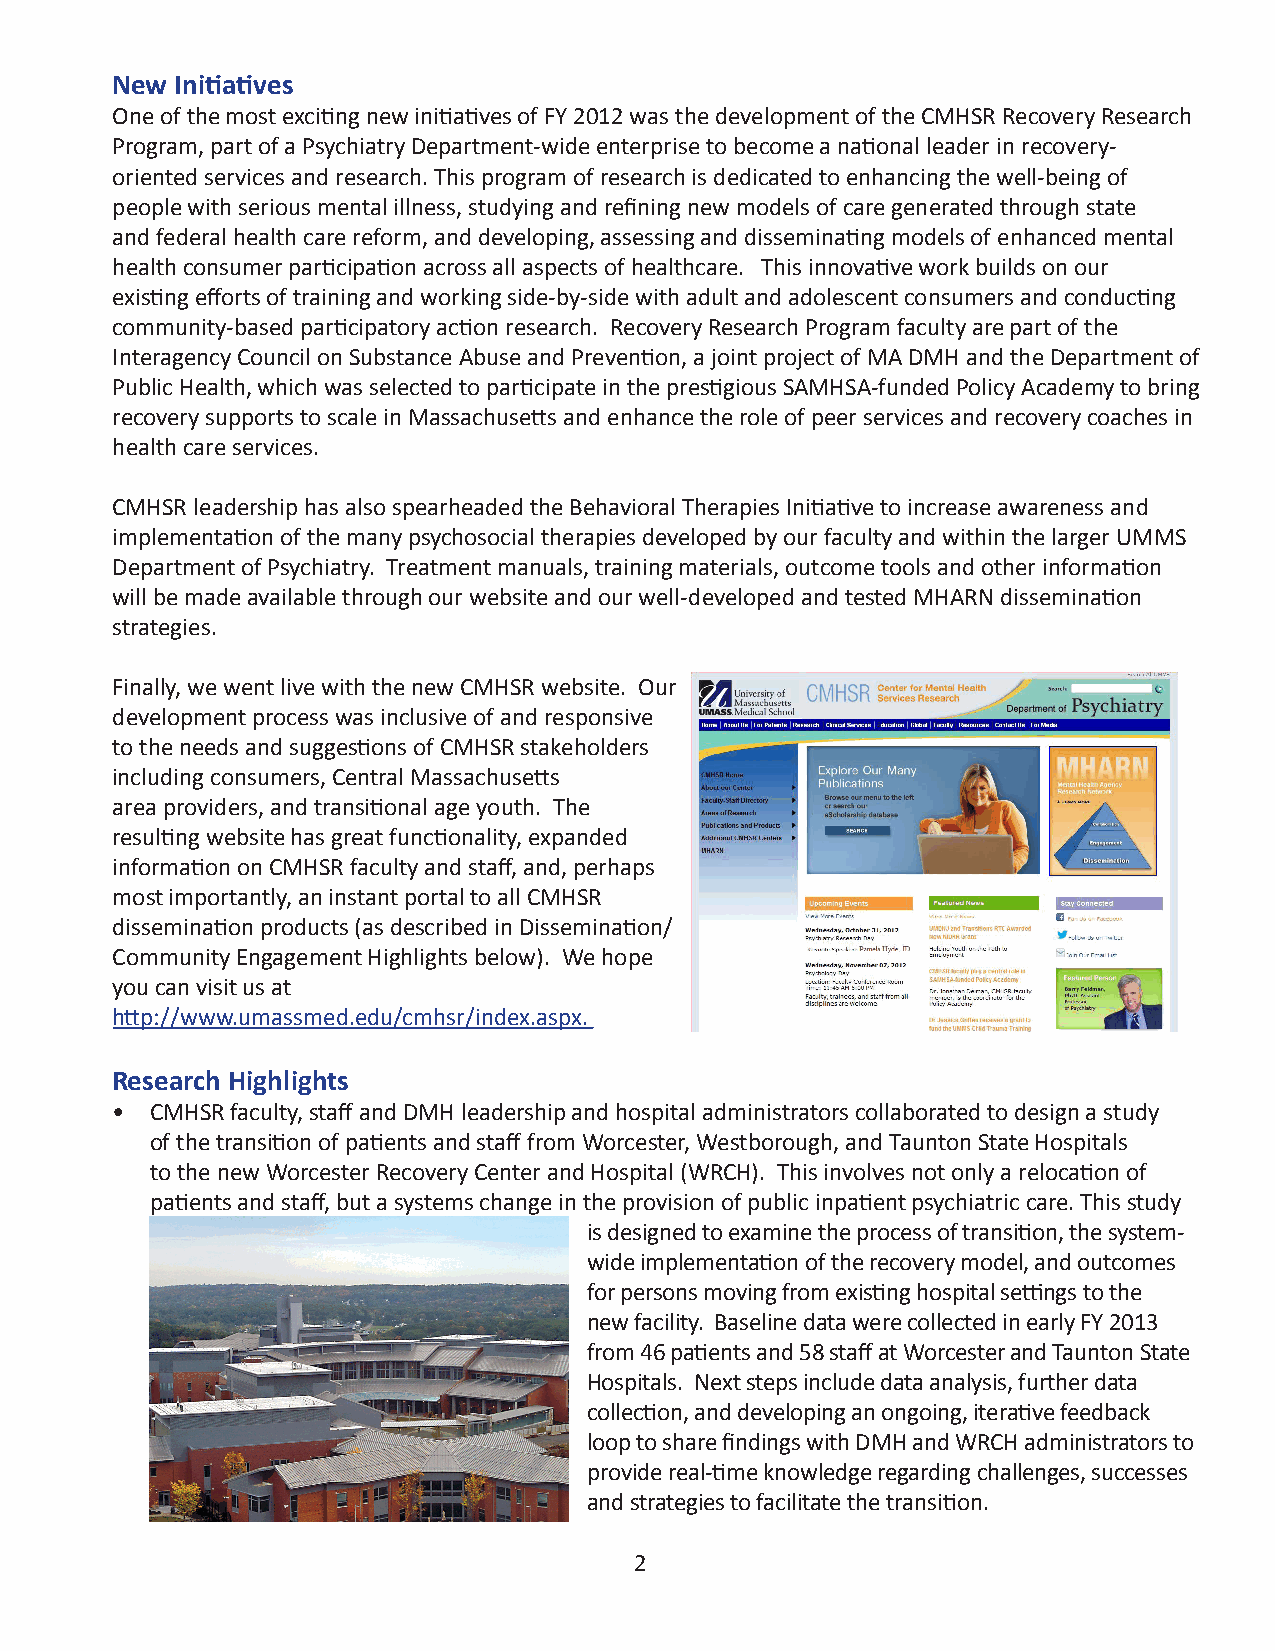
New  Initiatives
 One of the most exciting new initiatives of FY 2012 was the development of the CMHSR Recovery Research
 Program, part of a Psychiatry Department-wide enterprise to become a national leader in recovery-
 oriented services and research. This program of research is dedicated to enhancing the well-being of
 people with serious mental illness, studying and refining new models of care generated through state
 and federal health care reform, and developing, assessing and disseminating models of enhanced mental
 health consumer participation across all aspects of healthcare. This innovative work builds on our
 existing efforts of training and working side-by-side with adult and adolescent consumers and conducting
 community-based participatory action research. Recovery Research Program faculty are part of the
 Interagency Council on Substance Abuse and Prevention, a joint project of MA DMH and the Department of
 Public Health, which was selected to participate in the prestigious SAMHSA-funded Policy Academy to bring
 recovery supports to scale in Massachusetts and enhance the role of peer services and recovery coaches in
 health care services.
 CMHSR leadership has also spearheaded the Behavioral Therapies Initiative to increase awareness and
 implementation of the many psychosocial therapies developed by our faculty and within the larger UMMS
 Department of Psychiatry. Treatment manuals, training materials, outcome tools and other information
 will be made available through our website and our well-developed and tested MHARN dissemination
 strategies.
 Finally, we went live with the new CMHSR website. Our
 development process was inclusive of and responsive
 to the needs and suggestions of CMHSR stakeholders
 including consumers, Central Massachusetts
 area providers, and transitional age youth. The
 resulting website has great functionality, expanded
 information on CMHSR faculty and staff, and, perhaps
 most importantly, an instant portal to all CMHSR
 dissemination products (as described in Dissemination/
 Community Engagement Highlights below). We hope
 you can visit us at
 http://www.umassmed.edu/cmhsr/index.aspx.
 Research Highlights
 •  CMHSR faculty, staff and DMH leadership and hospital administrators collaborated to design a study
 of the transition of patients and staff from Worcester, Westborough, and Taunton State Hospitals
 to the new Worcester Recovery Center and Hospital (WRCH). This involves not only a relocation of
 patients and staff, but a systems change in the provision of public inpatient psychiatric care. This study
 is designed to examine the process of transition, the system-
 wide implementation of the recovery model, and outcomes
 for persons moving from existing hospital settings to the
 new facility. Baseline data were collected in early FY 2013
 from 46 patients and 58 staff at Worcester and Taunton State
 Hospitals. Next steps include data analysis, further data
 collection, and developing an ongoing, iterative feedback
 loop to share findings with DMH and WRCH administrators to
 provide real-time knowledge regarding challenges, successes
 and strategies to facilitate the transition.
 2